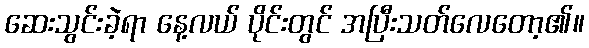
ဆေးသွင်းခဲ့ရာ နေ့လယ် ပိုင်းတွင် အပြီးသတ်လေတော့၏။